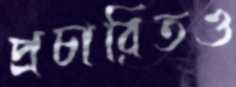
প্রচারিতও